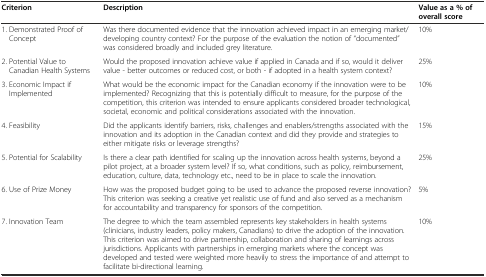
| Criterion | Description | Value as a % of overall score |
 | --- | --- | --- |
 | 1. Demonstrated Proof of Concept | Was there documented evidence that the innovation achieved impact in an emerging market/developing country context? For the purpose of the evaluation the notion of “documented” was considered broadly and included grey literature. | 10% |
 | 2. Potential Value to Canadian Health Systems | Would the proposed innovation achieve value if applied in Canada and if so, would it deliver value - better outcomes or reduced cost, or both - if adopted in a health system context? | 25% |
 | 3. Economic Impact if Implemented | What would be the economic impact for the Canadian economy if the innovation were to be implemented? Recognizing that this is potentially difficult to measure, for the purpose of the competition, this criterion was intended to ensure applicants considered broader technological, societal, economic and political considerations associated with the innovation. | 10% |
 | 4. Feasibility | Did the applicants identify barriers, risks, challenges and enablers/strengths associated with the innovation and its adoption in the Canadian context and did they provide and strategies to either mitigate risks or leverage strengths? | 15% |
 | 5. Potential for Scalability | Is there a clear path identified for scaling up the innovation across health systems, beyond a pilot project, at a broader system level? If so, what conditions, such as policy, reimbursement, education, culture, data, technology etc., need to be in place to scale the innovation. | 25% |
 | 6. Use of Prize Money | How was the proposed budget going to be used to advance the proposed reverse innovation? This criterion was seeking a creative yet realistic use of fund and also served as a mechanism for accountability and transparency for sponsors of the competition. | 5% |
 | 7. Innovation Team | The degree to which the team assembled represents key stakeholders in health systems (clinicians, industry leaders, policy makers, Canadians) to drive the adoption of the innovation. This criterion was aimed to drive partnership, collaboration and sharing of learnings across jurisdictions. Applicants with partnerships in emerging markets where the concept was developed and tested were weighted more heavily to stress the importance of and attempt to facilitate bi-directional learning. | 10% |